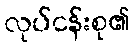
လုပ်ငန်းစု၏